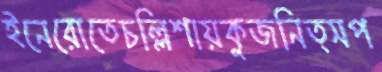
ইনেরোতেচল্লিশায়কুজনিত্সপ